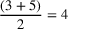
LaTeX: { \frac { ( 3 + 5 ) } { 2 } } = 4